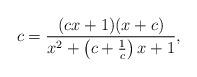
LaTeX: \begin{align*} c = \frac{(cx + 1)(x + c)}{x^2 +\left(c + \frac{1}{c}\right)x + 1},\end{align*}